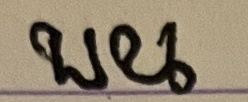
บน